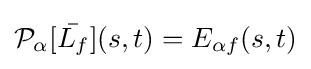
{\mathcal {P}}_{\alpha }[{\bar {L_{f}}}](s,t)=E_{\alpha f}(s,t)